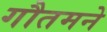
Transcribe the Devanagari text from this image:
गौतमने